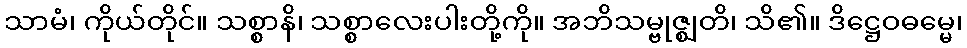
သာမံ၊ ကိုယ်တိုင်။ သစ္စာနိ၊ သစ္စာလေးပါးတို့ကို။ အဘိသမ္ဗုဇ္ဈတိ၊ သိ၏။ ဒိဋ္ဌေဝဓမ္မေ၊